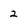
Character: 2